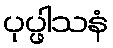
ပုပ္ဖါသနံ